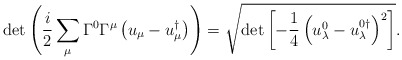
\begin{align*}\det\left(\frac{i}{2} \sum_\mu \Gamma^0\Gamma^\mu \left(u_\mu-u_\mu^\dagger\right)\right) =\sqrt{\det \left[-\frac14 \left( u_\lambda^0-u_\lambda^{0\dagger} \right)^2 \right]}.\end{align*}